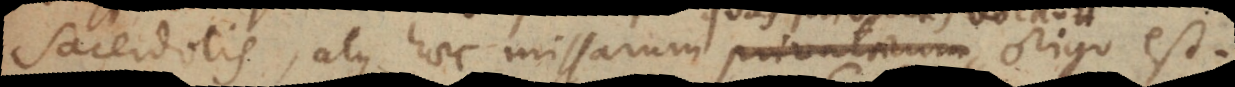
sacerdotis, atque haec missarum privatarum, quas